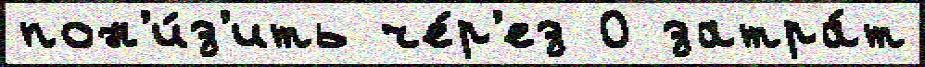
пон'и́з'ить че́р'ез 0 затра́т